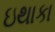
ઇથાકા